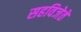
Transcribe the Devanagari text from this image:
सहविजेते